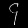
Digit: ၄